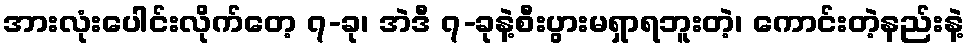
အားလုံးပေါင်းလိုက်တေ့ ၇-ခု၊ အဲဒီ ၇-ခုနဲ့စီးပွားမရှာရဘူးတဲ့၊ ကောင်းတဲ့နည်းနဲ့